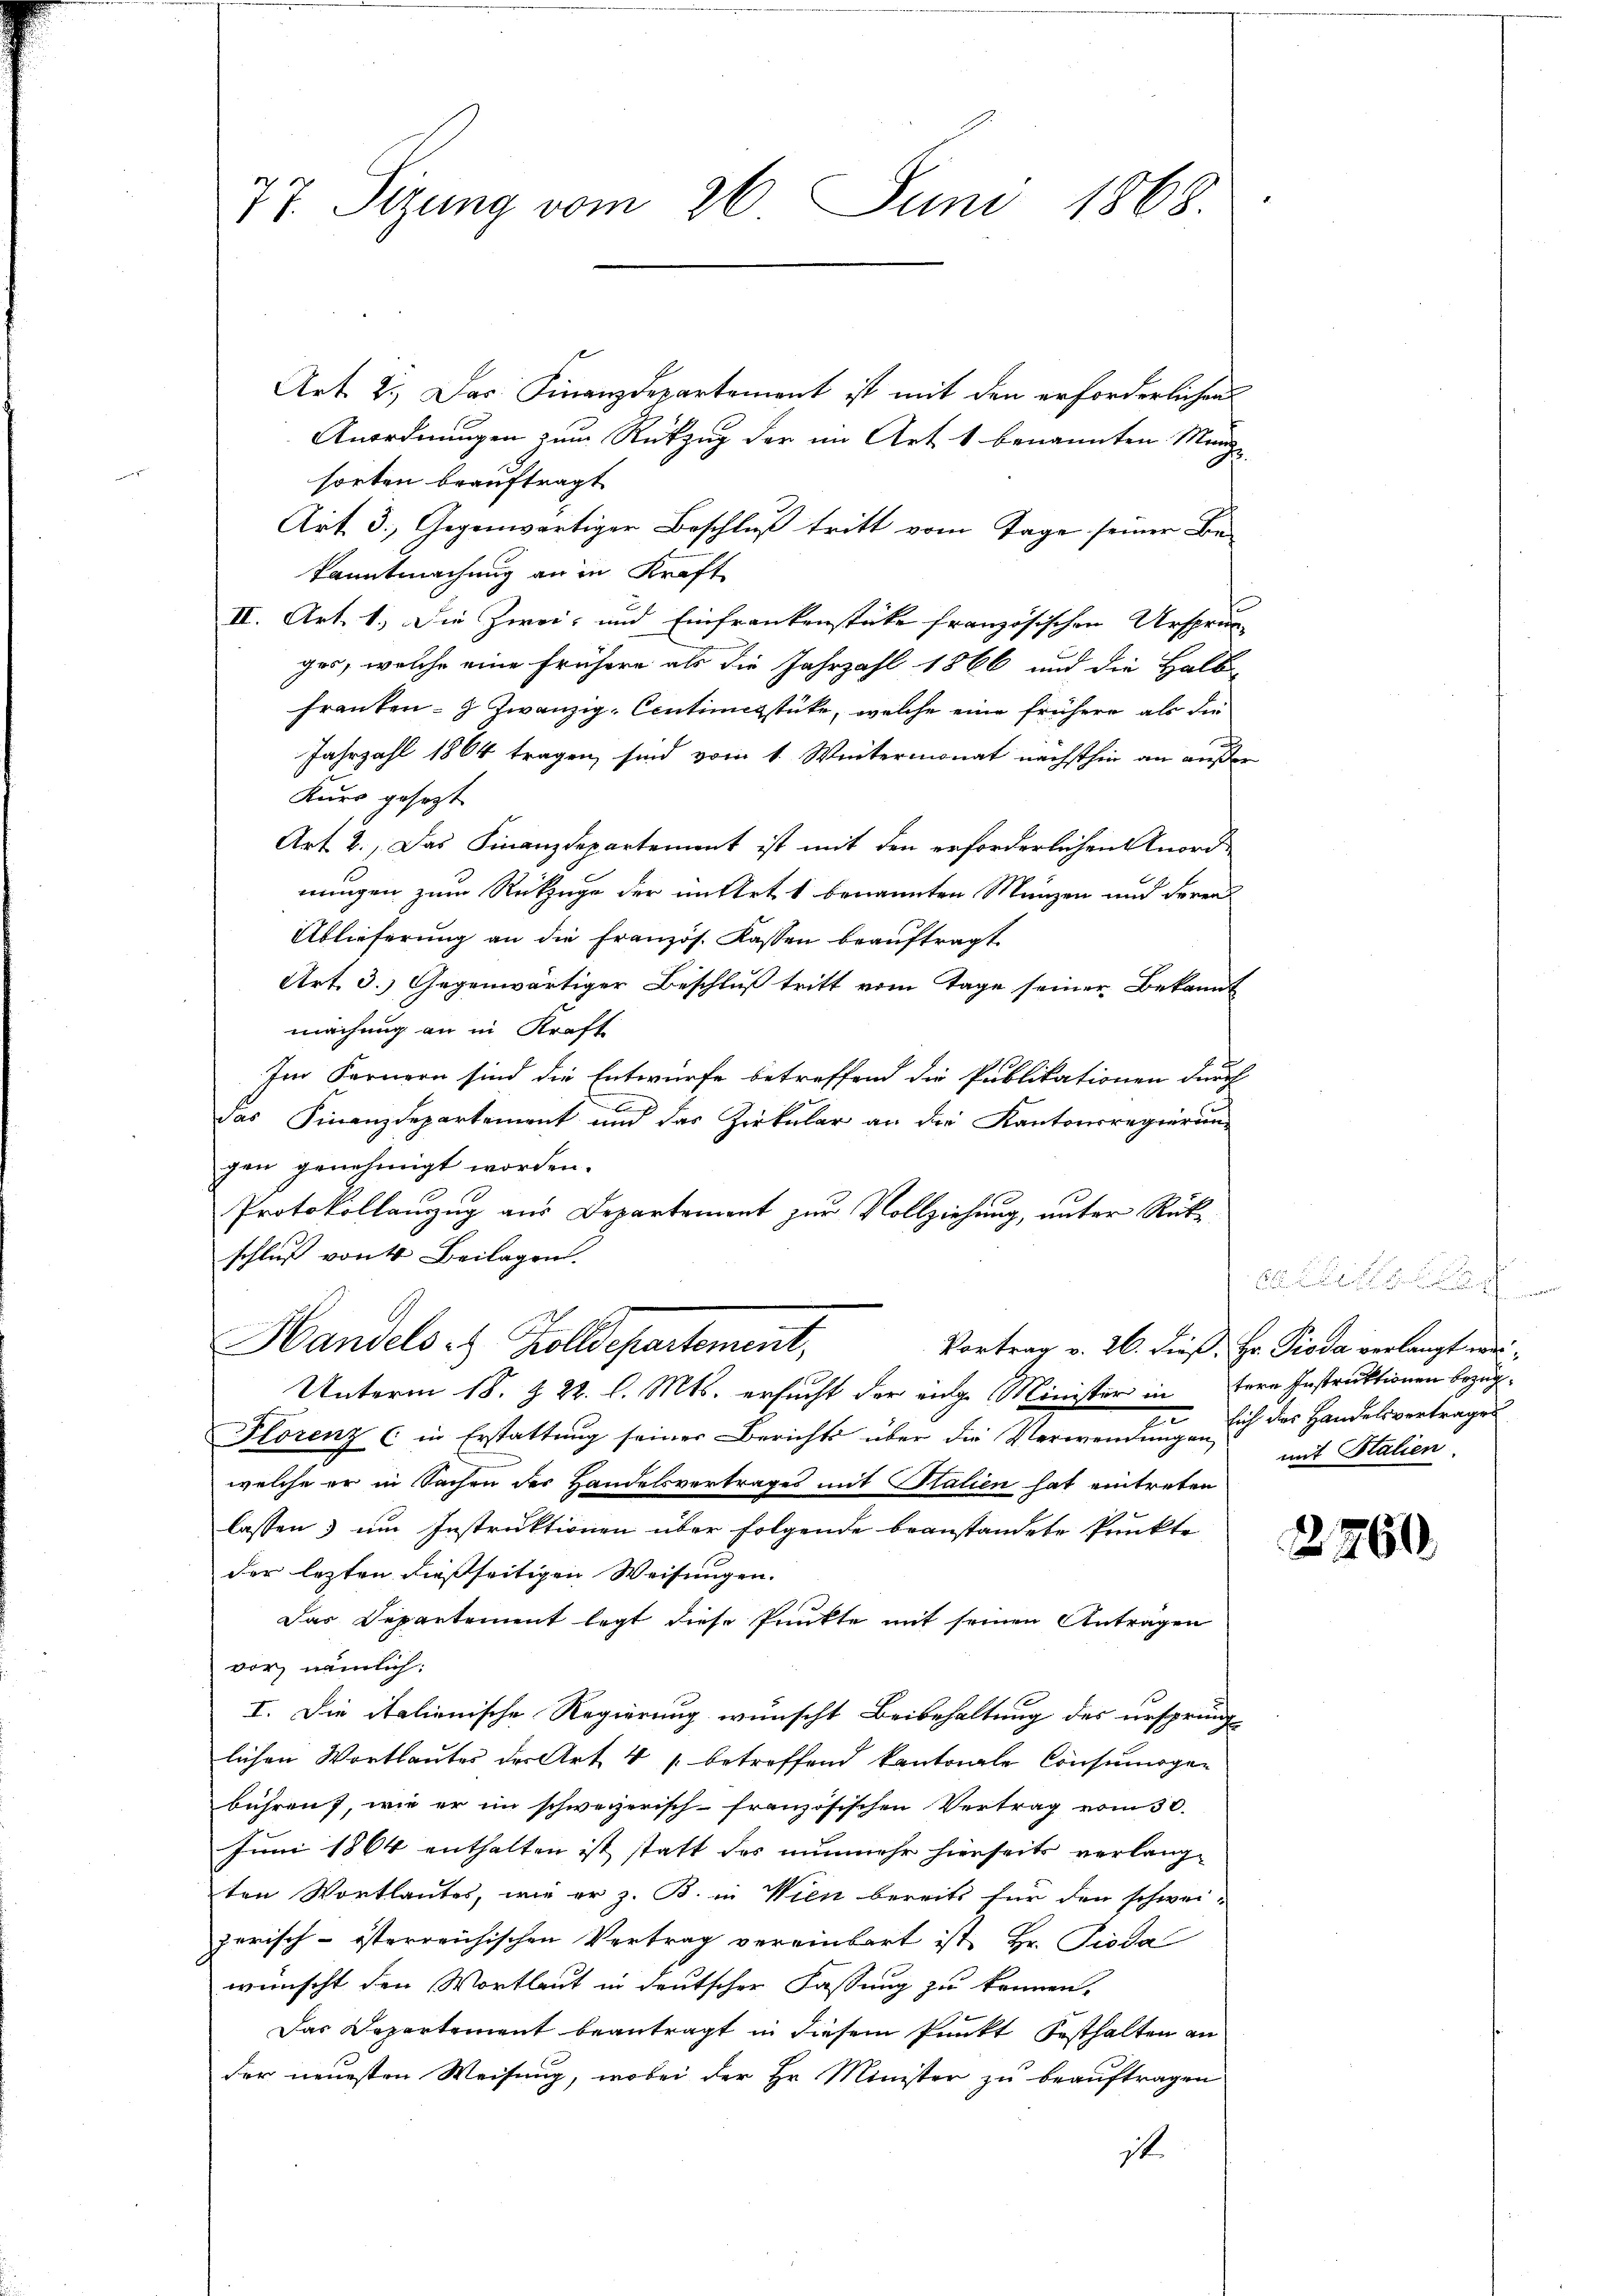
77 Sizung vom 26. Juni 1868.

Art. 2.) Das Finanzdepartement ist mit den erforderlichen
Anordnungen zum Rückzug der im Art 1 benannten Manze

sorten beauftragt
Art. 3. Gegenwärtiger Beschluß tritt vom Tage seiner Bekanntmachung an in Kraft
II. Art. 1. Die Zwei- und Einfrankenstüke französischen Ursprun-
ges, welche eine frühere als die Jahrzahl 1866 und die Halb
Franken- & zwanzig Centingstücke, welche eine frühere als die
.
Jahrzahl 1864 tragen sind vom 1. Wintermonat nächsthin an außer
Kurs gesetzt
Art 2., Das Finanzdepartement ist mit den erforderlichen Anord-
nungen zum Rückzuge der mitert. 1 benannten Münzen und deren
Ablieferung an die Französ. Kassen beauftragt
Art. 3.) Gegenwärtiger Beschluß tritt vom Tage seiner Bekannt
machung an in Kraft
Im Fernern sind die Entwurfe betreffend die Publikationen durch
d
das Finanzdepartement und das Zirkular an die Kantonsregierung
gen genehmigt worden.
Protokollanzug aus Departement zur Vollziehung, unter Rükschluß von 4 Beilagen.
Handels & Zolldepartement,
Vortrag v. 26. dieß Hr. Pioda verlangt wer¬
Unterm 18. & 22. l. Mts. ersucht der einge Minister in fern Instruktionen bezüg¬
.
Plorenz (in Erstattung seiner Berichts über die Verwendung sich das Handelsvertrages
welche er in Sachen des Handelsvertrages mit Stalien hat eintreten
2
lassen) um Instruktionen über folgende beanstandete Punkte
der lezten dießseitigen Weisungen. |
Das Departement legt diese Punkte mit seinen Antragen
vor, nämlich:
I. Die italienische Regierung wünscht Beibehaltung des ursprung
lichen Wortlautes der Art 4 betreffend kantonale Consumogen
bühren, wie er im schweizerisch-französischen Vertrag vom 30.
Juni 1864 enthalten ist statt das nunmehr hierseits verlange
ten Wortlautes, wie er z. B. in Wien bereits für den schwei-
zerisch-österreichischen Vertrag vereinbart ist, Hr. Pioda
wünscht den Wortlaut in deutscher Fassung zu können.
Das Departement beantragt in diesem Punkt festhalten an
der neuesten Weisung, wobei der Hr. Minister zu beauftragen
it.

mit Stalien.

2260